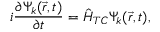
i \frac { \partial \Psi _ { k } ( \vec { r } , t ) } { \partial t } = \hat { H } _ { T C } \Psi _ { k } ( \vec { r } , t ) ,